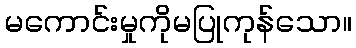
မကောင်းမှုကိုမပြုကုန်သော။